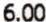
6.00